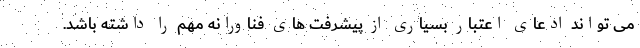
می تواند ادعای اعتبار بسیاری از پیشرفت های فناورانه مهم را داشته باشد.